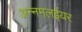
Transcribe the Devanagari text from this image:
अन्नमलईयर